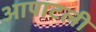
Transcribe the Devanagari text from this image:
आपाटली